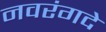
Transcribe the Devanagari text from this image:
नवरंगदे